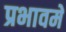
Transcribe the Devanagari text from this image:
प्रभावमें